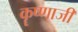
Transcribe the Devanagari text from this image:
कॄष्‍णाजी